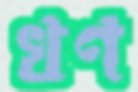
খণ